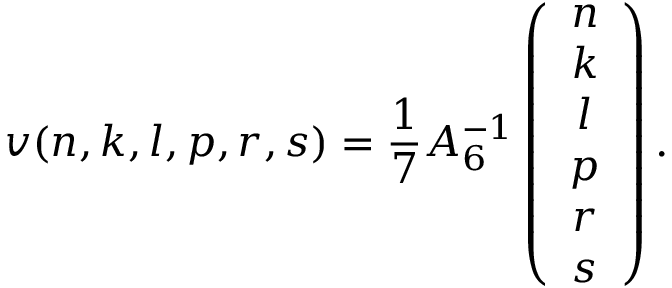
v ( n , k , l , p , r , s ) = \frac { 1 } { 7 } A _ { 6 } ^ { - 1 } \left( \begin{array} { c } { { n } } \\ { { k } } \\ { { l } } \\ { { p } } \\ { { r } } \\ { { s } } \end{array} \right) .